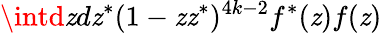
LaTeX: \intd\mathit{z}d\mathit{z}^{*}(1-\mathit{z}\mathit{z}^{*})^{4k-2}f^{*}(\mathit{z})f(\mathit{z})